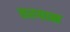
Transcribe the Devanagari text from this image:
तरयान